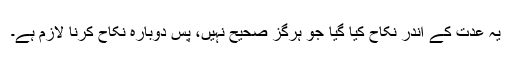
یہ عدت کے اندر نکاح کیا گیا جو ہرگز صحیح نہیں، پس دوبارہ نکاح کرنا لازم ہے۔